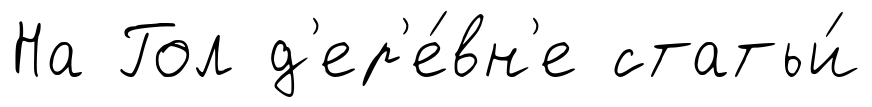
На Гол д'ер'е́вн'е статьи́